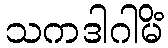
သကဒါဂါမိံ